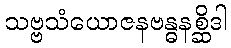
သဗ္ဗသံယောဇနဗန္ဓနစ္ဆိဒါ